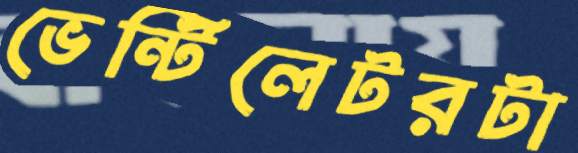
ভেন্টিলেটরটা